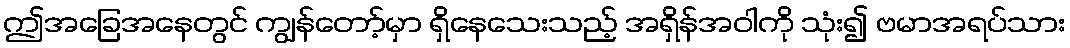
ဤအခြေအနေတွင် ကျွန်တော့်မှာ ရှိနေသေးသည့် အရှိန်အဝါကို သုံး၍ ဗမာအရပ်သား